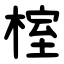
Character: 榁